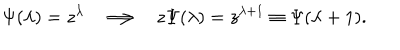
\Psi ( \lambda ) = z ^ { \lambda } \Longrightarrow z \Psi ( \lambda ) = z ^ { \lambda + 1 } \equiv \Psi ( \lambda + 1 ) .